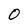
Character: O